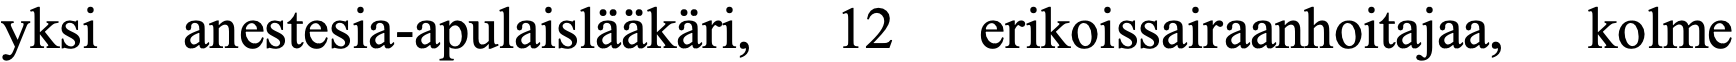
yksi  anestesia-apulaislääkäri, 12 erikoissairaanhoitajaa, kolme